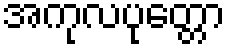
အကုလပုတ္တော